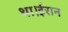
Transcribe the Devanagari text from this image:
था।ईरान